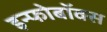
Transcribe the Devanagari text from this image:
इन्फोबॉक्स